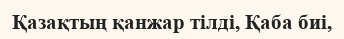
Қазақтың қанжар тілді, Қаба биі,